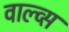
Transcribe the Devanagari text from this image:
वाल्व्स